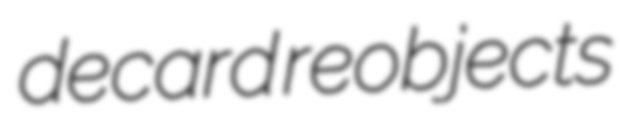
decard reobjects